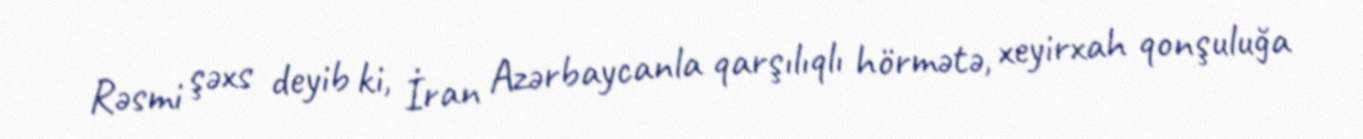
Rəsmi şəxs deyib ki, İran Azərbaycanla qarşılıqlı hörmətə, xeyirxah qonşuluğa